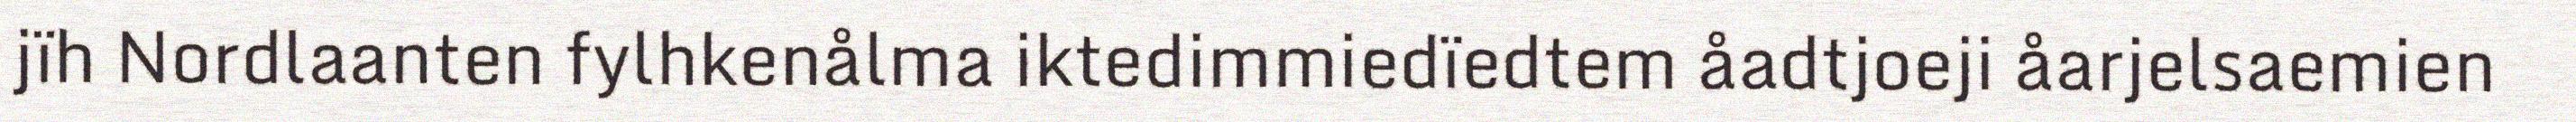
jïh Nordlaanten fylhkenålma iktedimmiedïedtem åadtjoeji åarjelsaemien